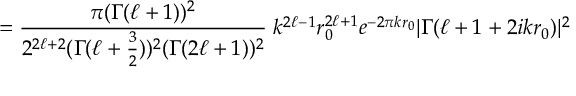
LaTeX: = { \frac { \pi ( \Gamma ( \ell + 1 ) ) ^ { 2 } } { 2 ^ { 2 \ell + 2 } ( \Gamma ( \ell + { \frac { 3 } { 2 } } ) ) ^ { 2 } ( \Gamma ( 2 \ell + 1 ) ) ^ { 2 } } } \; k ^ { 2 \ell - 1 } r _ { 0 } ^ { 2 \ell + 1 } e ^ { - 2 \pi k r _ { 0 } } | \Gamma ( \ell + 1 + 2 i k r _ { 0 } ) | ^ { 2 }